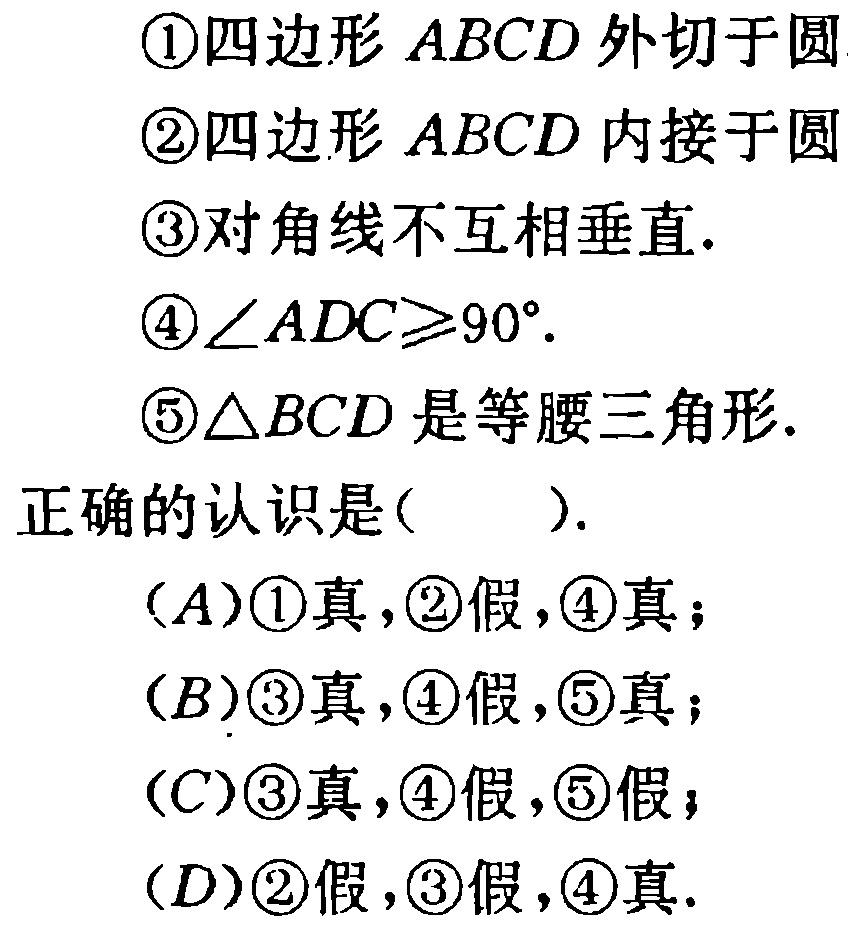
\textcircled{1}四边形 \(ABCD\) 外切于圆
\textcircled{2}四边形 \(ABCD\) 内接于圆
\textcircled{3}对角线不互相垂直.
\textcircled{4}\(\angle ADC\geqslant90^{\circ}\).
\textcircled{5}\(\triangle BCD\) 是等腰三角形.
正确的认识是( ).
(\(A\))\textcircled{1}真,\textcircled{2}假,\textcircled{4}真；
(\(B\))\textcircled{3}真,\textcircled{4}假,\textcircled{5}真；
(\(C\))\textcircled{3}真,\textcircled{4}假,\textcircled{5}假；
(\(D\))\textcircled{2}假,\textcircled{3}假,\textcircled{4}真.